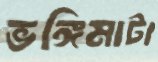
ভঙ্গিমাটা